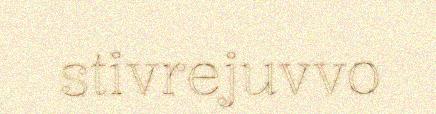
stivrejuvvo